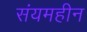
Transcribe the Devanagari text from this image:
संयमहीन